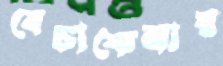
বেচাকেনায়